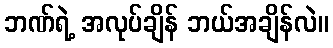
ဘဏ်ရဲ့ အလုပ်ချိန် ဘယ်အချိန်လဲ။